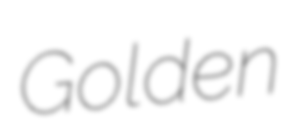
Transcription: Golden